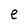
Character: e